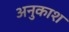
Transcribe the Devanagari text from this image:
अनुकाश